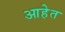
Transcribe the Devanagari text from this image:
आहेेत